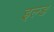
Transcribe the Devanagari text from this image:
इल्ड